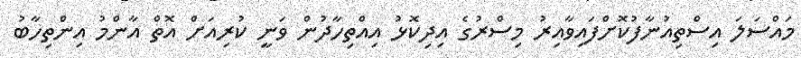
މައްސަލަ އިސްތިއުނާފުކޮށްފައިވާއިރު މިސްރުގެ އިދިކޮޅު އިއްތިހާދުން ވަނީ ކުރިއަށް އޮތް އާންމު އިންތިހާބު